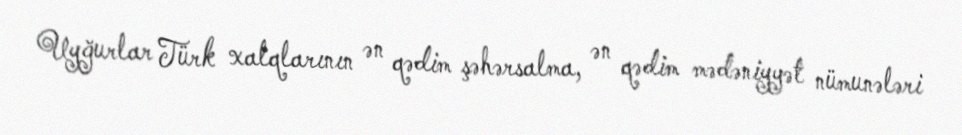
Uyğurlar Türk xalqlarının ən qədim şəhərsalma, ən qədim mədəniyyət nümunələri